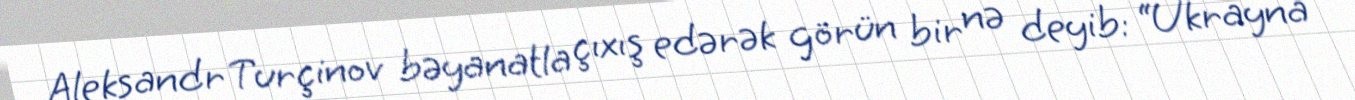
Aleksandr Turçinov bəyanatla çıxış edərək görün bir nə deyib: “Ukrayna